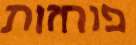
פוחזות